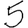
Digit: 5